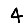
Digit: 4